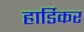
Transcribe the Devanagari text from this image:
हार्डिकर